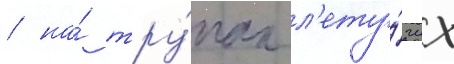
/ на́ тру́пах л'ету́чих